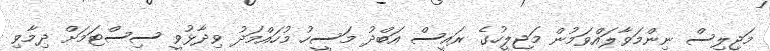
މަޖިލިސް ނިންމަވާލައްވަމުން މަޖިލީހުގެ ރައީސް އަބްދު މަސީހު މުހައްމަދު ވިދާޅުވީ ސިސްޓަމަށް ދިމާވި